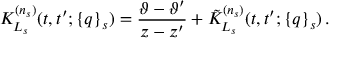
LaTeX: K _ { L _ { s } } ^ { ( n _ { s } ) } ( t , t ^ { \prime } ; \{ q \} _ { s } ) = \frac { \vartheta - \vartheta ^ { \prime } } { z - z ^ { \prime } } + \tilde { K } _ { L _ { s } } ^ { ( n _ { s } ) } ( t , t ^ { \prime } ; \{ q \} _ { s } ) \, .